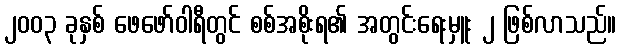
၂၀၀၃ ခုနှစ် ဖေဖော်ဝါရီတွင် စစ်အစိုးရ၏ အတွင်းရေးမှူး ၂ ဖြစ်လာသည်။